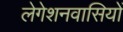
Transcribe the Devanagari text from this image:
लेगेशनवासियों